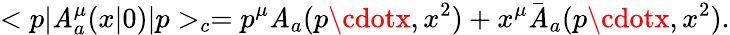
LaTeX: <p|\mathit{A}_{a}^{\mu}(x|0)|p>_{c}=p^{\mu}\mathit{A}_{a}(p\cdotx,x^{2})+x^{\mu}\bar{{\mathit{A}}}_{a}(p\cdotx,x^{2}).